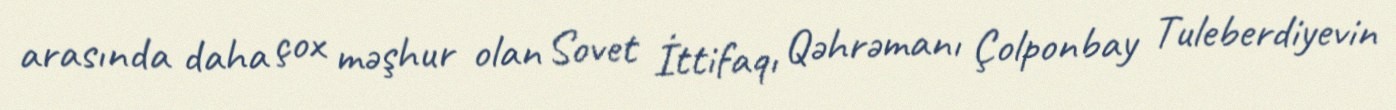
arasında daha çox məşhur olan Sovet İttifaqı Qəhrəmanı Çolponbay Tuleberdiyevin